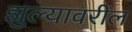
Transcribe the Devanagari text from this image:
झुल्यावरील